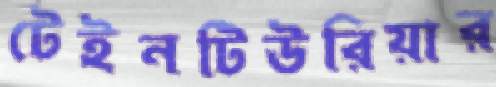
টেইনটিউরিয়ার